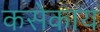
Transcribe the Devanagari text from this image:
कसेकाय